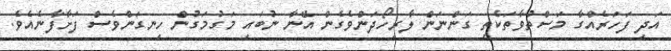
އަދި ފަހަރެއްގާ މަސްތުވާތަކެތި ގަންނަން ލާރިހޯދަންވެގެން އޭނާ ނުބައި މަގުމަގުން ހިނގަންވެސް ފަށާފާނެއެވެ.